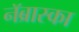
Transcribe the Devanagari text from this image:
नॅब्रास्का